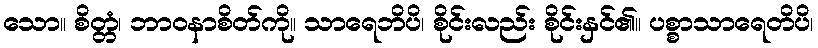
သော။ စိတ္တံ၊ ဘာဝနာစိတ်ကို။ သာရေဘိပိ၊ စိုင်းလည်း စိုင်းနှင်၏။ ပစ္စာသာရေတိပိ၊